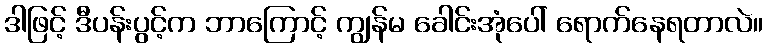
ဒါဖြင့် ဒီပန်းပွင့်က ဘာကြောင့် ကျွန်မ ခေါင်းအုံပေါ် ရောက်နေရတာလဲ။